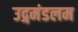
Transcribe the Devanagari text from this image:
उद्गमंडलम